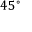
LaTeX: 4 5 ^ { \circ }